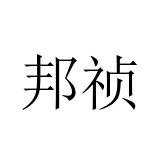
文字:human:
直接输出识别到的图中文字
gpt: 邦祯